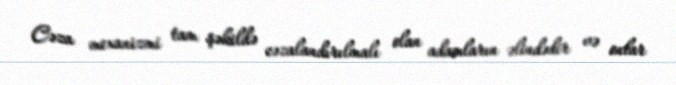
Cəza mexanizmi tam şəkildə cəzalandırılmalı olan adamların əlindədir və onlar